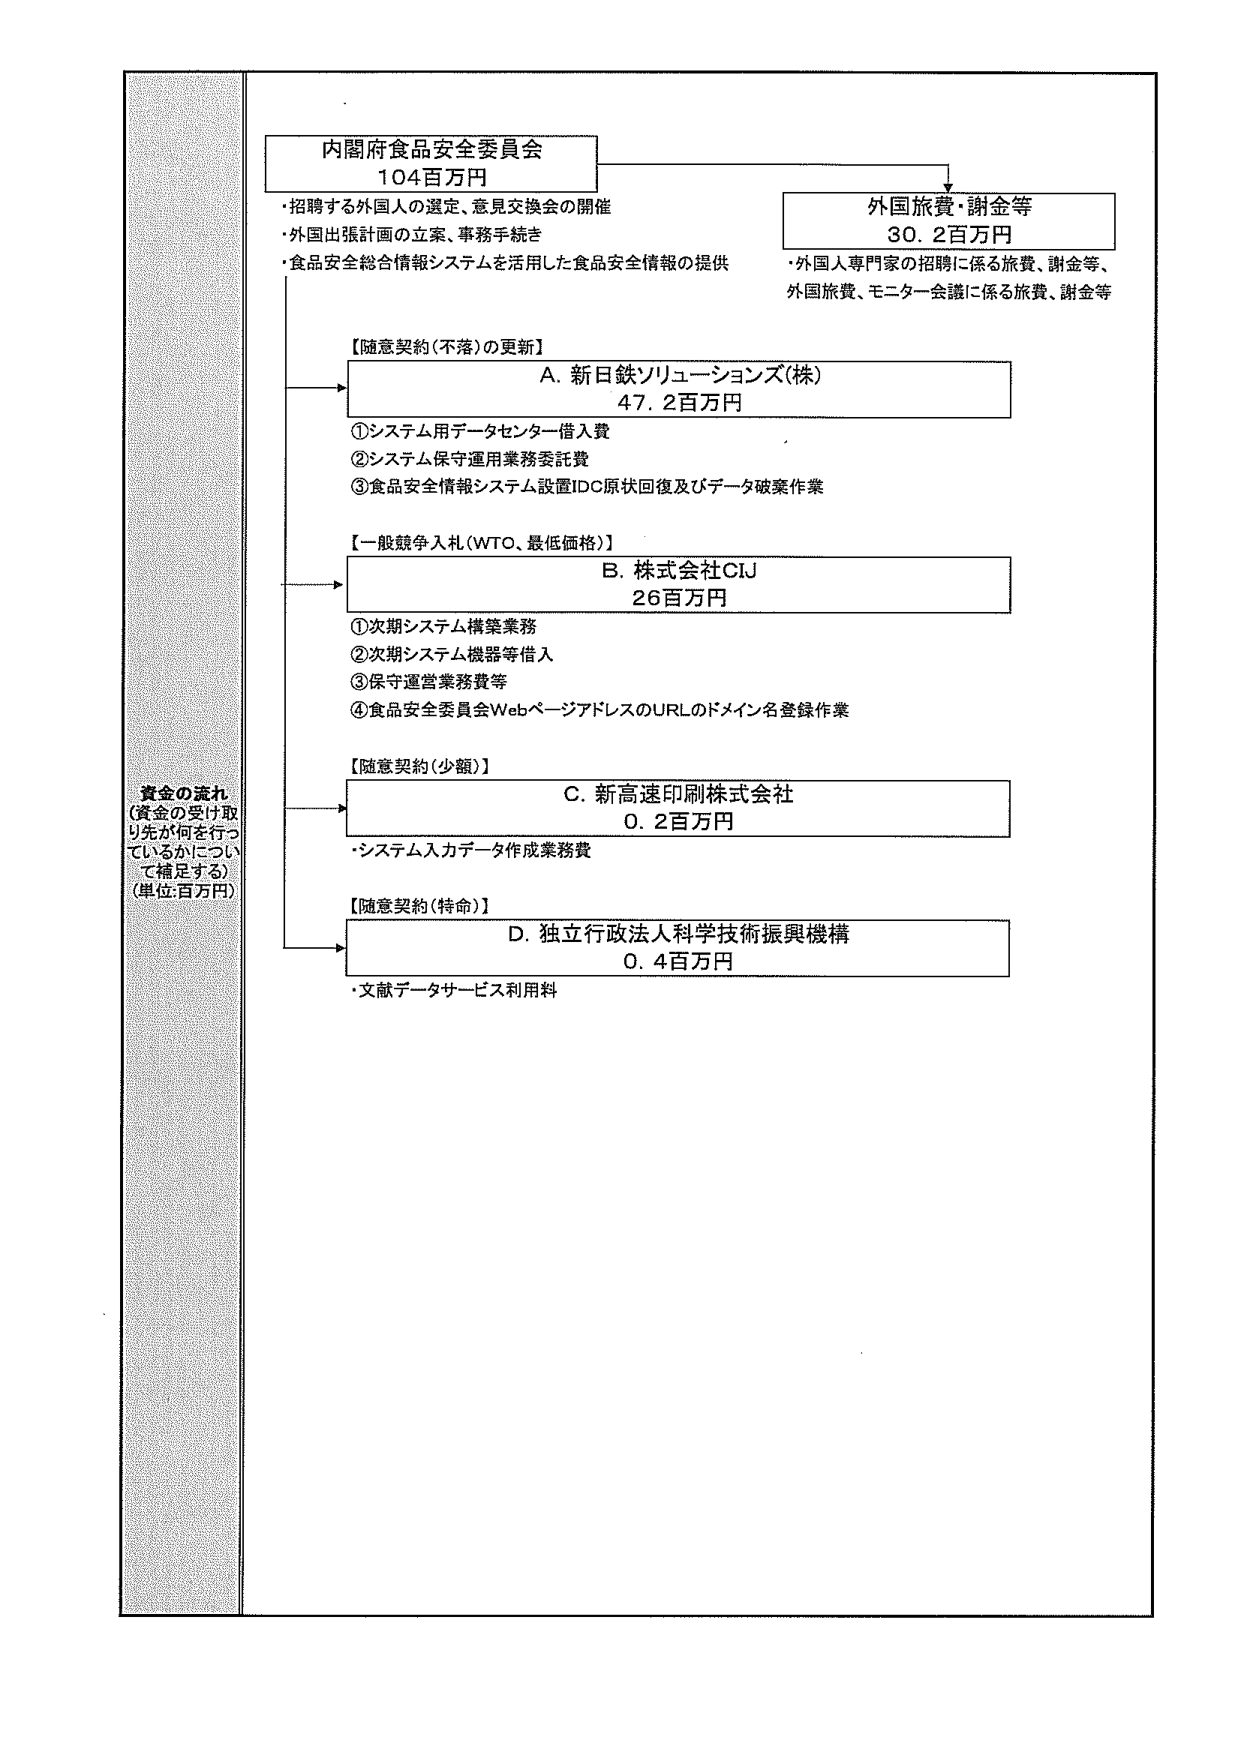
内閣府食品安全委員会
104百万円
・招聘する外国人の選定、意見交換会の開催
・外国出張計画の立案、事務手続き
・食品安全総合情報システムを活用した食品安全情報の提供

外国旅費・謝金等
30.2百万円
・外国人専門家の招聘に係る旅費、謝金等、
外国旅費、モニター会議に係る旅費、謝金等

【随意契約（不落）の更新】
A. 新日鉄ソリューションズ(株)
47.2百万円
①システム用データセンター借入費
②システム保守運用業務委託費
③食品安全情報システム設置IDC原状回復及びデータ破棄作業

【一般競争入札（WTO、最低価格）】
B. 株式会社CIU
26百万円
①次期システム構築業務
②次期システム機器等借入
③保守運営業務費等
④食品安全委員会WebページアドレスのURLのドメイン名登録作業

【随意契約（少額）】
C. 新高速印刷株式会社
0.2百万円
・システム入力データ作成業務費

【随意契約（特命）】
D. 独立行政法人科学技術振興機構
0.4百万円
・文献データサービス利用料

資金の流れ
（資金の受け取り先が何を行っているかについて補足する）
（単位：百万円）